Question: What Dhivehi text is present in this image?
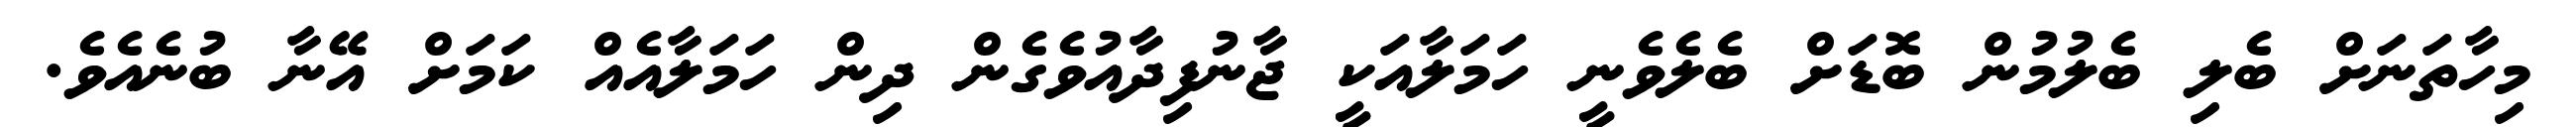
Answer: މިހާތަނަށް ބެލި ބެލުމުން ބޮޑަށް ބެލެވެނީ ހަމަލާއަކީ ޖާނުފިދާއުވެގެން ދިން ހަމަލާއެއް ކަމަށް އޭނާ ބުނެއެވެ.